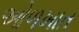
ઓળખાત